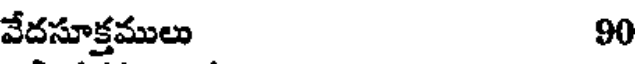
వేదసూక్తములు 90